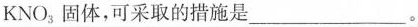
KNO_{3}固体，可采取的措施是___。